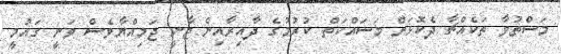
މަސްތުވާ ތަކެއްޗާ ދެކޮޅަށް މަސައްކަތް ކުރުމުގެ ދާއިރާއިން ޖާނީ ޖަމިއްޔާވެސް ވަނީ ގައުމީ